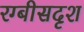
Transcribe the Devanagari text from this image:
रग्बीसदृश